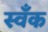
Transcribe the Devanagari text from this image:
स्वँक